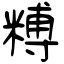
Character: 糐